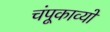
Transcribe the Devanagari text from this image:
चंपूकाव्यों